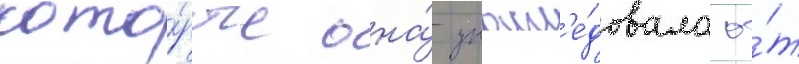
кото́рые она́ унасл'е́довала о́т